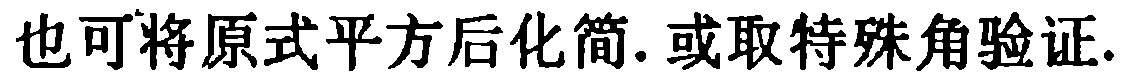
也可将原式平方后化简.或取特殊角验证.